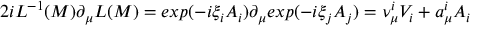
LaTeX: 2 i L ^ { - 1 } ( M ) \partial _ { \mu } L ( M ) = e x p ( { - i } \xi _ { i } A _ { i } ) \partial _ { \mu } e x p ( { - i } \xi _ { j } A _ { j } ) = \nu _ { \mu } ^ { i } V _ { i } + a _ { \mu } ^ { i } A _ { i }